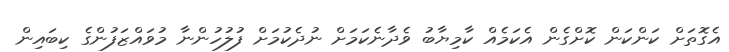
އެގޮތަށް ކަންކަން ކޮށްގެން އެކަމެއް ކާމިޔާބު ވެދާނެކަމަށް ނުދެކުމަށް ފުލުހުންނާ މުވައްޒަފުންގެ ކިބައިން